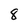
Character: 8